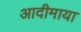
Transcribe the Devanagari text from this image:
आदीमाया